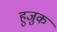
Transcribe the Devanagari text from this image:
हुजुक